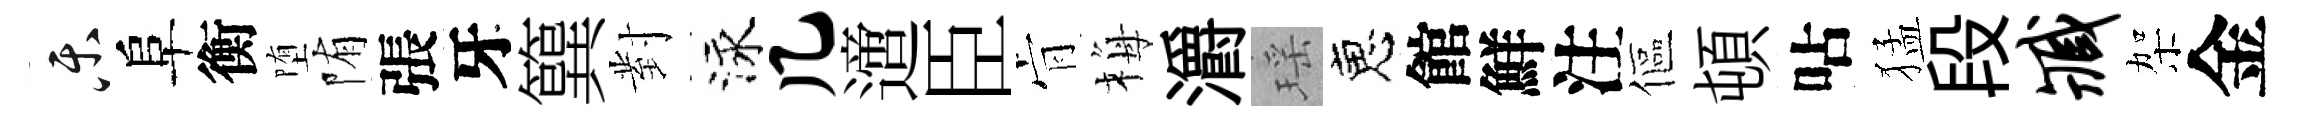
乐阜衡堕陏張牙簨對泳几𨗁臣肻梅灂瑶恵館鮮注傴頓呫猛段臧架金